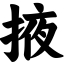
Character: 掖